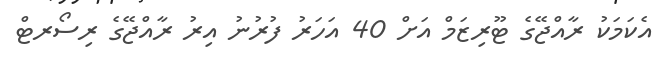
އެކަމަކު ރާއްޖޭގެ ޓޫރިޒަމް އަށް 40 އަހަރު ފުރުނު އިރު ރާއްޖޭގެ ރިސޯރޓް